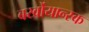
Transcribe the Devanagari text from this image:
बर्खोयान्स्क